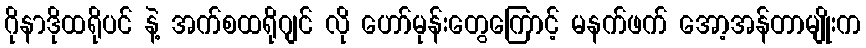
ဂိုနာဒိုထရိုပင် နဲ့ အက်စထရိုဂျင် လို ဟော်မုန်းတွေကြောင့် မနက်ဖက် အော့အန်တာမျိုးက